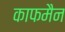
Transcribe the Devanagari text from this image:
काफमैन